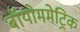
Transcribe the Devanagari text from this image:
बॉयोममेट्रिक